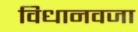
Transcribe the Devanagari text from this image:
विधानवजा